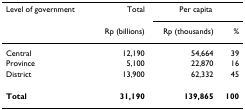
<table><thead><tr><td><b>Level of government</b></td><td><b>Total</b></td><td colspan="2"><b>Per capita</b></td></tr><tr><td></td><td><b>Rp (billions)</b></td><td><b>Rp (thousands)</b></td><td><b>%</b></td></tr></thead><tbody><tr><td>Central</td><td>12,190</td><td>54,664</td><td>39</td></tr><tr><td>Province</td><td>5,100</td><td>22,870</td><td>16</td></tr><tr><td>District</td><td>13,900</td><td>62,332</td><td>45</td></tr><tr><td><b>Total</b></td><td><b>31,190</b></td><td><b>139,865</b></td><td><b>100</b></td></tr></tbody></table>